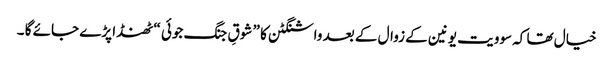
خیال تھا کہ سوویت یونین کے زوال کے بعد واشنگٹن کا ” شوقِ جنگ جوئی “ ٹھنڈا پڑے جائے گا ۔